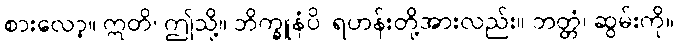
စားလော့။ ဣတိ၊ ဤသို့။ ဘိက္ခူနံပိ၊ ရဟန်းတို့အားလည်း။ ဘတ္တံ၊ ဆွမ်းကို။